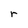
Character: r